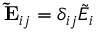
\mathbf { \tilde { E } } _ { i j } = \delta _ { i j } \tilde { E } _ { i }